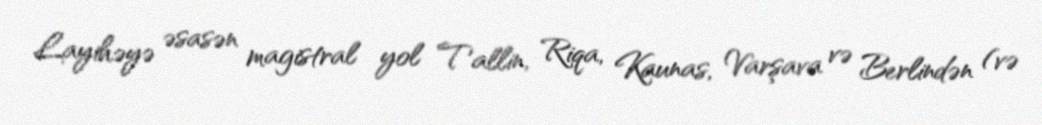
Layihəyə əsasən magistral yol Tallin, Riqa, Kaunas, Varşava və Berlindən (və